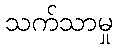
သက်သာမှု